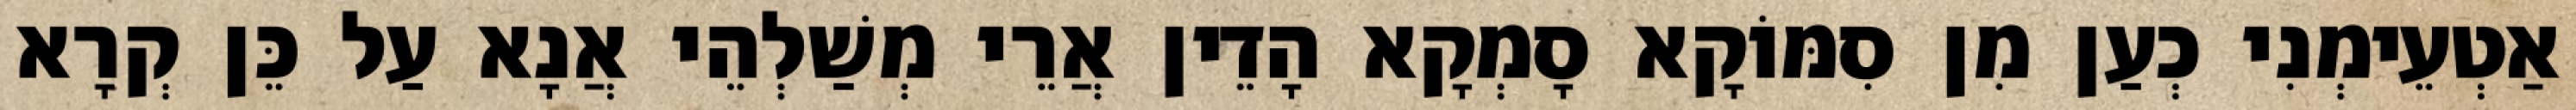
אַטְעֵימְנִי כְעַן מִן סִמּוֹקָא סָמְקָא הָדֵין אֲרֵי מְשַׁלְהֵי אֲנָא עַל כֵּן קְרָא